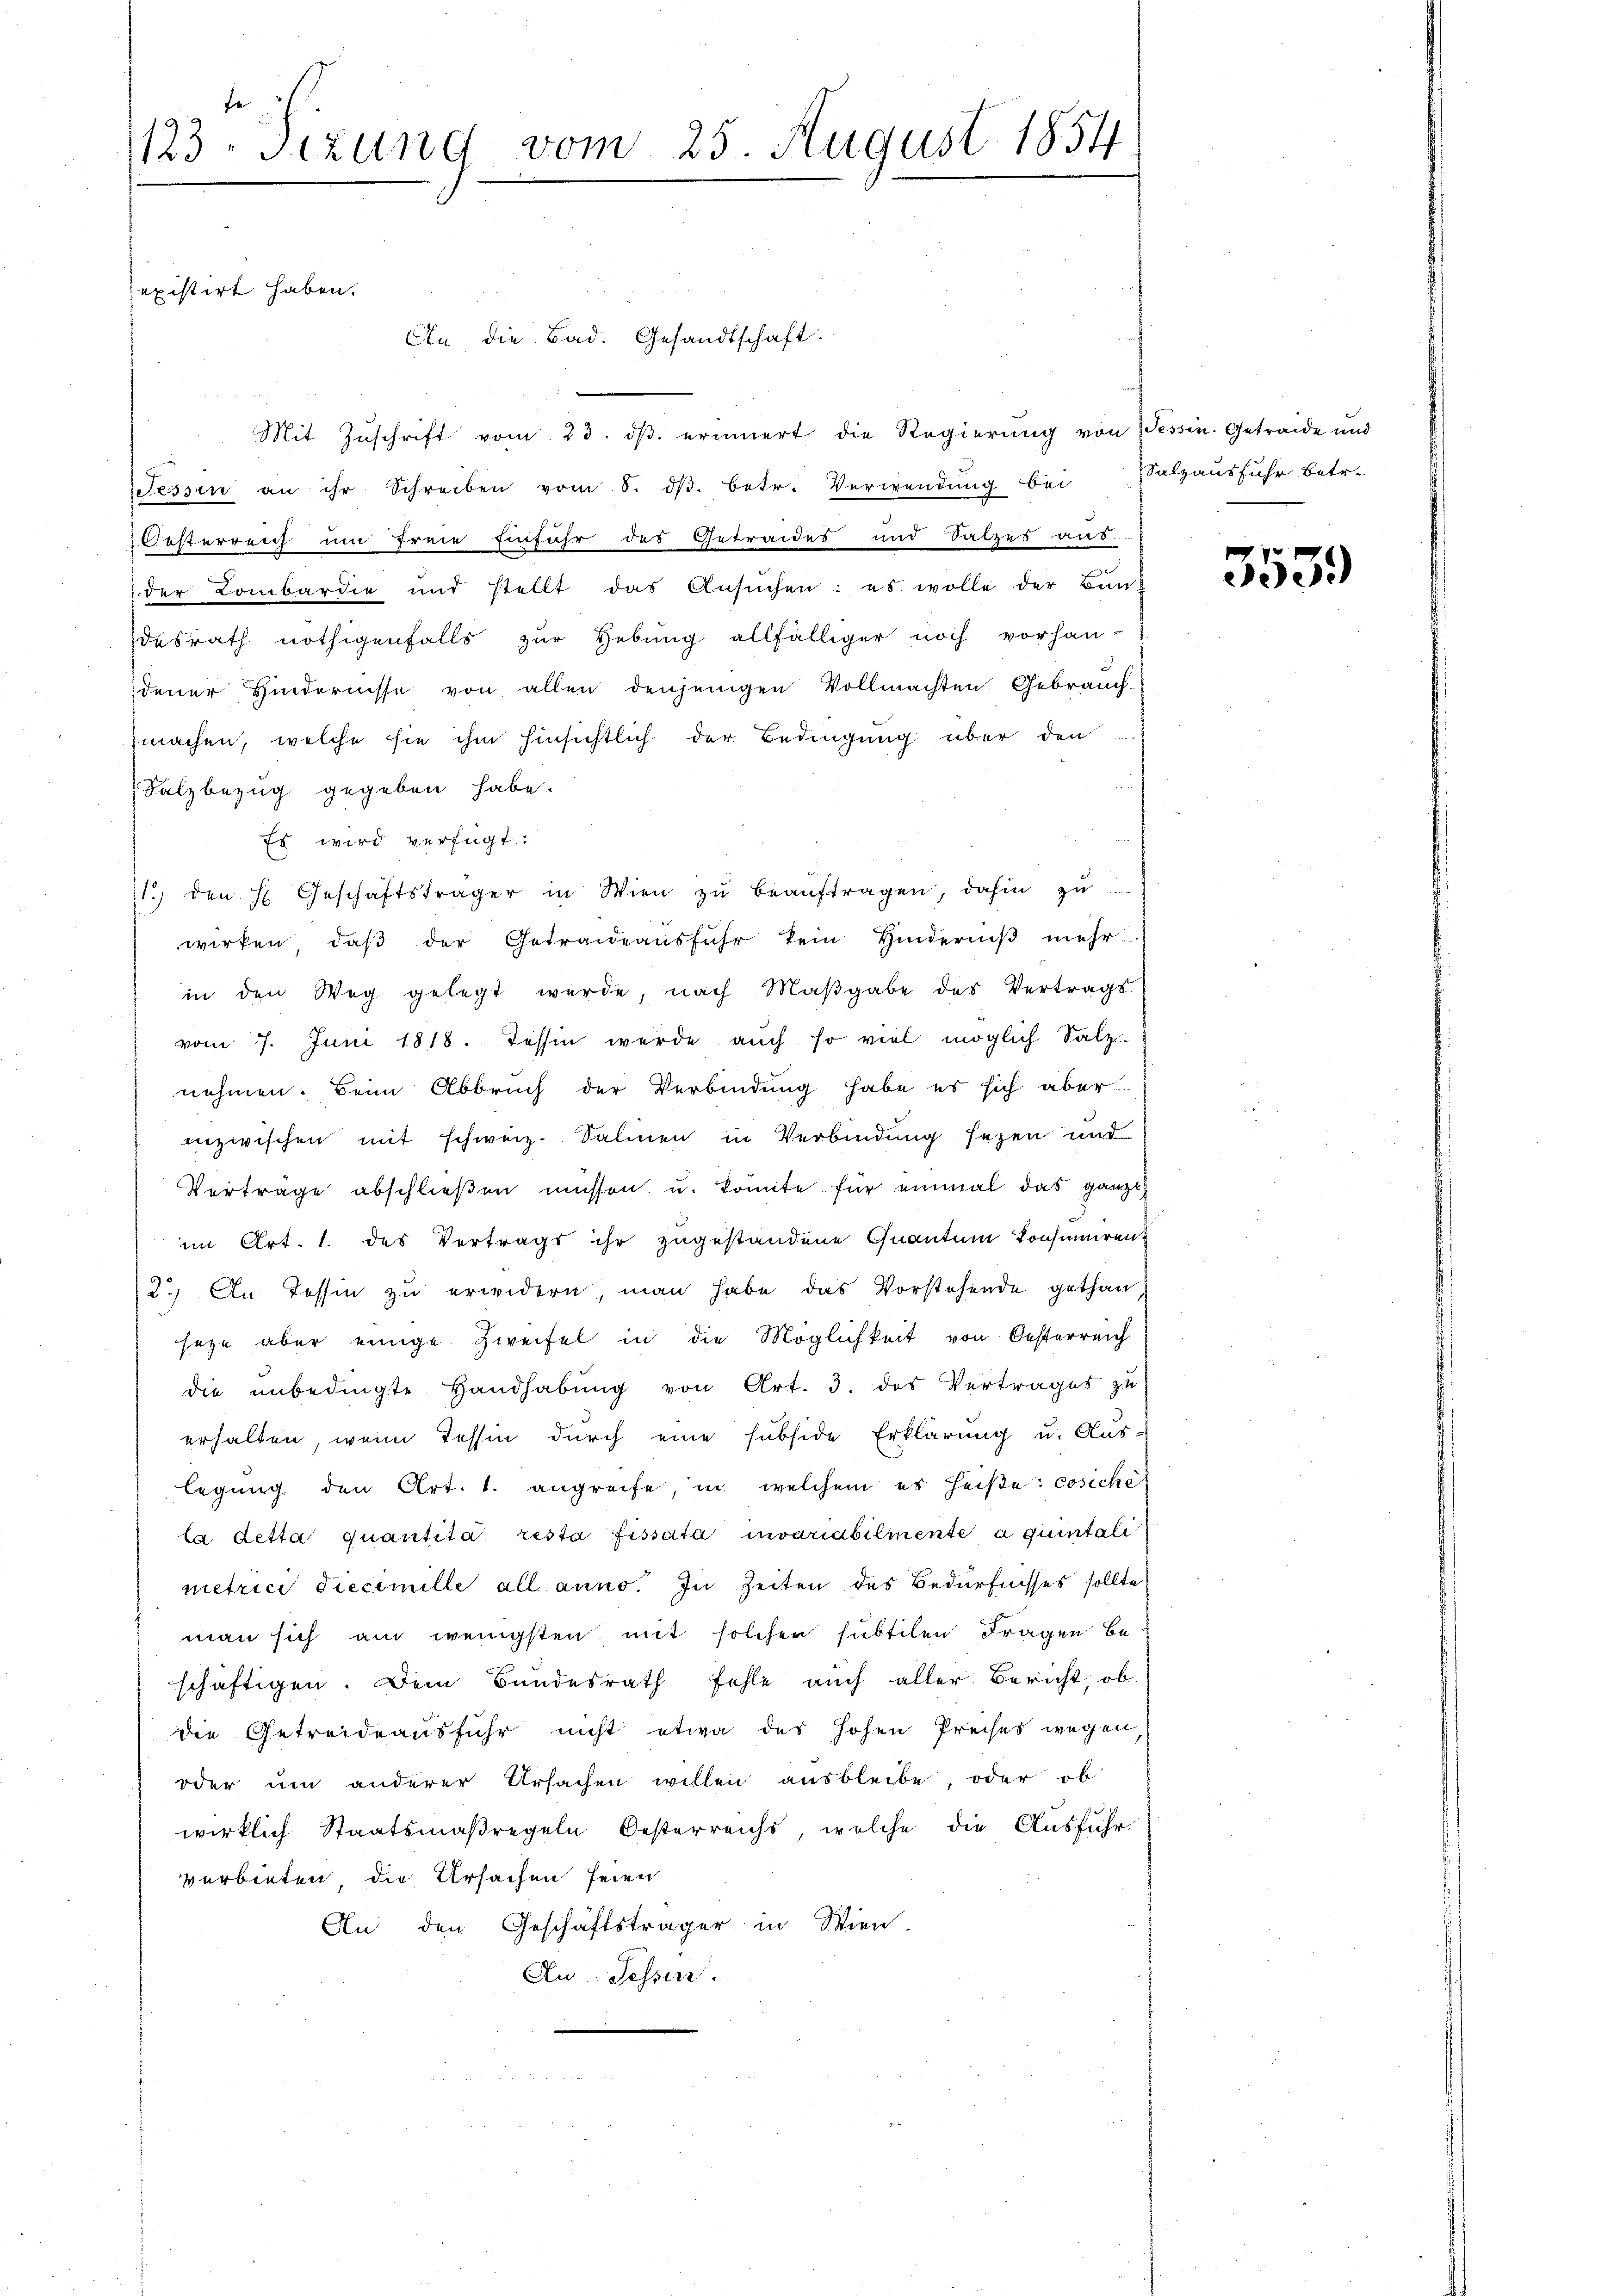
fe
123-sizung vom 25. August 1854

An die Bad. Gesandtschaft.
Mit Zŭschrift vom 23. dβ erinnert die Regierŭng von Tessin. Getraide und
Fessen an ihr Schreiben vom 8. dβ. betr. Verwendung bei Salzausfuhr betr.
Oesterreich um freie Einfuhr des Getraides und Satzes aus
der Lombardie und stellt das Ansŭchen: es wolle der Bundesrath nöthigenfalls zur Hebung allfälliger noch vorhan-
dener Hindernisse von allen denjenigen Vollmachten Gebrauch.
machen, welche sie ihm hinsichtlich der Bedingung über den
Salzbezug gegeben habe.
Es wird verfügt:
11.) den H. Geschäftsträger in Wien zŭ beaŭftragen, dahin zu
wirken, daβ der Getraideausführ kein Hinderniβ mehr-
in den Weg gelegt werde, nach Maβgabe des Vertrags
vom 7. Juni 1818. Tessin werde auch so viel möglich Salz-
nehmen. Beim Abbruch der Verbindung habe es sich aber
anzwischen mit schweiz. Salinen in Verbindung sezen und
Verträge abschlieβen müssen u. konnte für einmal das ganze,
im Art. 1. des Vertrags ihr zugestandene Quantum konsumiren
2.) In Tessin zu erwidern, man habe das Vorstehende gethan
seze aber einige Zweifel in die Möglichkeit von Oesterreich-
die unbedingte Handhabŭng von Art. 3. das Vertrages zu
erhalten, wenn Tessin durch eine subside Erklärung u. Aus-
legung den Art. 1. angreife, in welchem es heiße: cosiche
la detta quantita resta fissata invariabilmente a quintali
metrici diecimille all anno. In Zeiten des Bedürfnisses sollte.
man sich am wenigsten mit solchen subtilen Fragen be-
schäftigen. Dem Bundesrath fehle auch aller Bericht, ob
die Getreideausführ nicht etwa des hohen Preises wegen,
oder um anderer Ursachen willen ausbleibe, oder ob
wirklich Staatsmaßregeln Oesterreichs, welche die Ausführverbieten die Ursachen seien
An den Geschäftsträger in Wien.
Au Sessen.

existirt haben.

3539